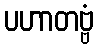
ပဟာတဗ္ဗံ